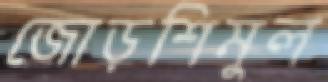
জোড়শিমুল